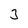
Character: 3